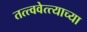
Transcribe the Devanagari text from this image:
तत्त्ववेत्त्याच्या